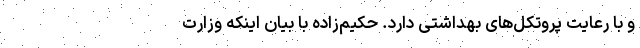
و با رعایت پروتکل‌های بهداشتی دارد. حکیم‌زاده با بیان اینکه وزارت